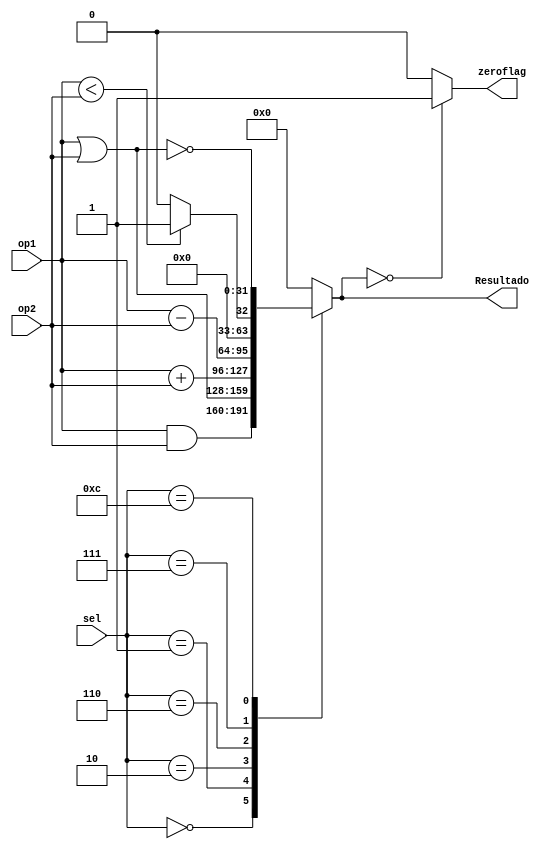
module alu(
	input [31:0]op1,
	input [31:0]op2,
	input [3:0]sel,
	output reg [31:0]Resultado,
	output reg zeroflag
);



always @*
begin
	case (sel)
		4'b0000:
			Resultado= op1&op2;
		4'b0001:
			Resultado = op1|op2;
		4'b0010:
			Resultado = op1+op2;
		4'b0110:
			Resultado = op1-op2;
		4'b0111:
			Resultado = op1<op2?1:0;
		4'b1100:
			Resultado = ~(op1 | op2);
		default:
			Resultado =0;
	endcase
	if(Resultado==0)
		zeroflag=1;
	else
		zeroflag=0;
end

endmodule